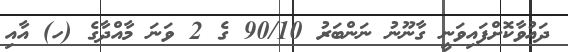
ދައުވާކޮށްފައިވަނީ ގާނޫނު ނަންބަރު 90/10 ގެ 2 ވަނަ މާއްދާގެ (ހ) އާއި